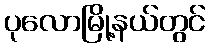
ပုလောမြို့နယ်တွင်